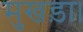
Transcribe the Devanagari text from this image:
मुखड़ा।